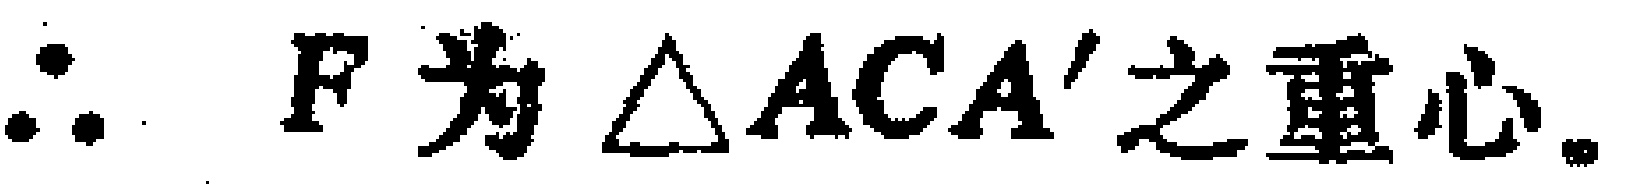
\(\therefore F\text{为}\triangle ACA'\text{之重心。}\)